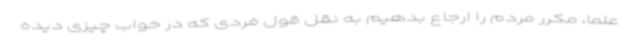
علما، مکرر مردم را ارجاع بدهیم به نقل قول فردی که در خواب چیزی دیده